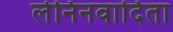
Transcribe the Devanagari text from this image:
लेनिनवादिता